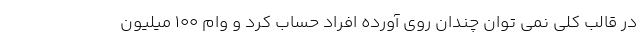
در قالب کلی نمی توان چندان روی آورده افراد حساب کرد و وام ۱۰۰ میلیون